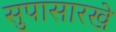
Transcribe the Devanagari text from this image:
सुपासारखे